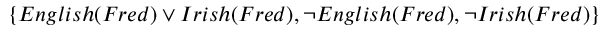
\{ E n g l i s h ( F r e d ) \vee I r i s h ( F r e d ) , \neg E n g l i s h ( F r e d ) , \neg I r i s h ( F r e d ) \}